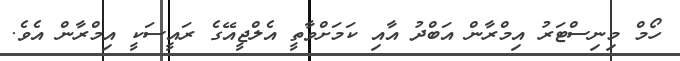
ހޯމް މިނިސްޓަރު އިމްރާން އަބްދު އާއި ކަމަށްވާތީ އެލްޖީއޭގެ ރައީސަކީ އިމްރާން އެވެ.